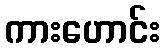
ကားဟောင်း